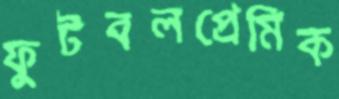
ফুটবলপ্রেমিক